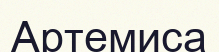
Артемиса